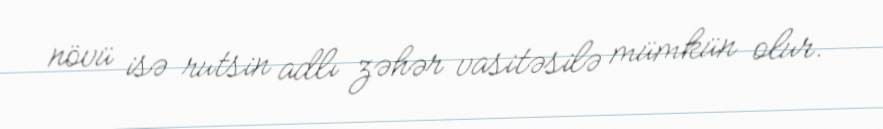
növü isə rutsin adlı zəhər vasitəsilə mümkün olur.